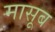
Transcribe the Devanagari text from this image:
मासूब